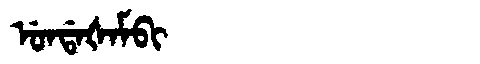
Manchu: ᡠᠨᡩᠠᡧᠠᠮᠪᡳ
Romanization: UNDAŠAMBI